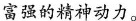
富强的精神动力。